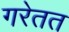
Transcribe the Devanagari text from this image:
गरेतत